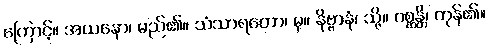
ကြောင့်။ အယနော၊ မည်၏။ သံသာရတော၊ မှ။ နိဗ္ဗာနံ၊ သို့။ ဂစ္ဆန္တိ၊ ကုန်၏။